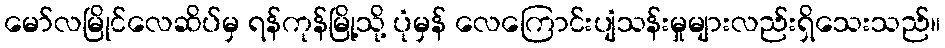
မော်လမြိုင်လေဆိပ်မှ ရန်ကုန်မြို့သို့ ပုံမှန် လေကြောင်းပျံသန်းမှုများလည်းရှိသေးသည်။